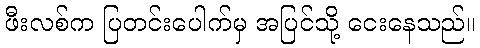
ဖီးလစ်က ပြတင်းပေါက်မှ အပြင်သို့ ငေးနေသည်။